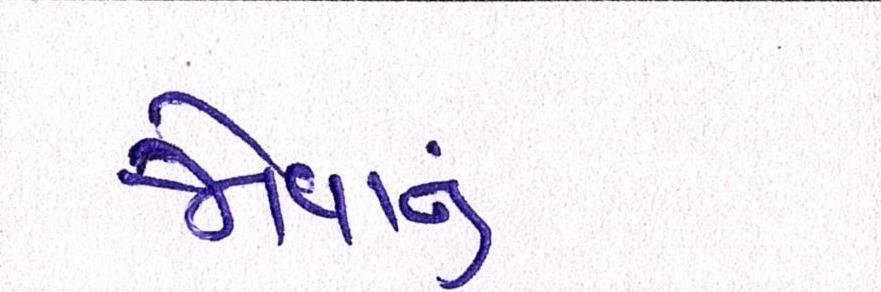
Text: જોવાનું